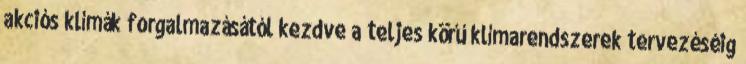
akciós klímák forgalmazásától kezdve a teljes körű klímarendszerek tervezéséig